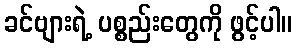
ခင်ဗျားရဲ့ ပစ္စည်းတွေကို ဖွင့်ပါ။